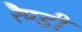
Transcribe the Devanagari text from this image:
रैण्डी